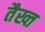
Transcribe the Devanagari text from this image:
तैख्त